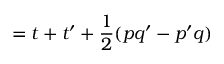
= t + t ^ { \prime } + { \frac { 1 } { 2 } } ( p q ^ { \prime } - p ^ { \prime } q )